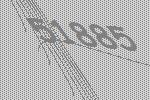
51885